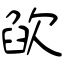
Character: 欿